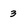
Character: 3